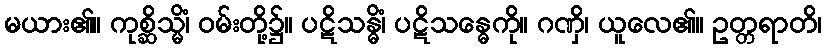
မယား၏။ ကုစ္ဆိသ္မိံ၊ ဝမ်းတို့၌။ ပဋိသန္ဓိံ၊ ပဋိသန္ဓေကို။ ဂဏှိ၊ ယူလေ၏။ ဥတ္တရာတိ၊